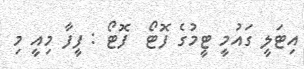
އިޓަލީ ގައުމީ ޓީމުގެ ފޮޓޯ  ފޮޓޯ : ފީފާ މިއީ މި